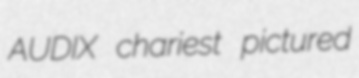
AUDIX chariest pictured